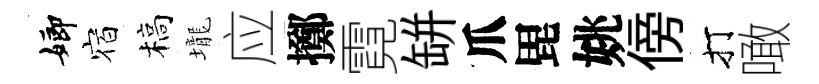
嫏宿槁壠应擲霓缾爪毘姚傍打噉